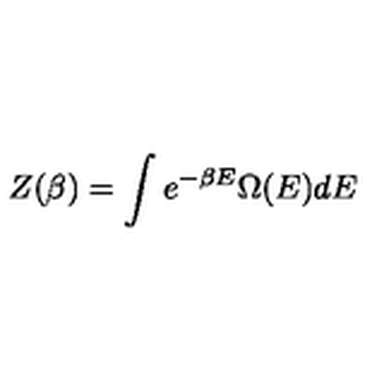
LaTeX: Z ( \beta ) = \int e ^ { - \beta E } \Omega ( E ) d E